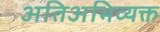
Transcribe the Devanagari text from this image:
अतिअभिव्यक्त